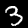
Label: 3